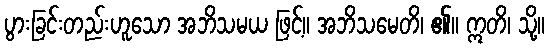
ပွားခြင်းတည်းဟူသော အဘိသမယ ဖြင့်။ အဘိသမေတိ၊ ၏။ ဣတိ၊ သို့။